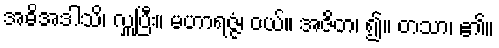
အဓိအဒါသိ၊ လှူပြီး။ မဟာရဇ္ဇံ၊ ဝယ်။ အဇိတ၊ ၍။ တသာ၊ ၏။